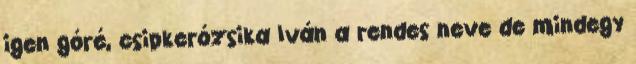
igen góré, csipkerózsika Iván a rendes neve de mindegy